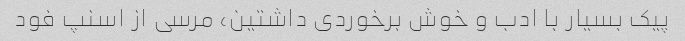
پیک بسیار با ادب و خوش برخوردی داشتین، مرسی از اسنپ فود